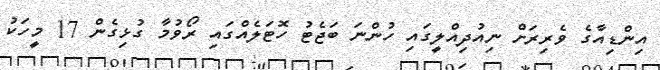
އިންޑިއާގެ ވެރިރަށް ނިއުދިއްލީގައި ހުންނަ ބަޖެޓު ހޮޓަލެއްގައި ރޯވުމާ ގުޅިގެން 17 މީހަކު